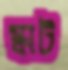
স্কাট